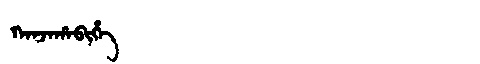
Manchu: ᡴᠠᠨᠵᠠᡥᠠᠪᡳᡥᡝ
Romanization: KANJAHABIHE